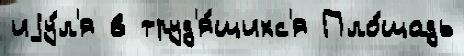
иjу́л'я в труд'я́щихс'я Пло́щадь